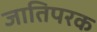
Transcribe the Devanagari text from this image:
जातिपरक